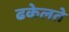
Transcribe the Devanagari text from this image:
ढकेलते